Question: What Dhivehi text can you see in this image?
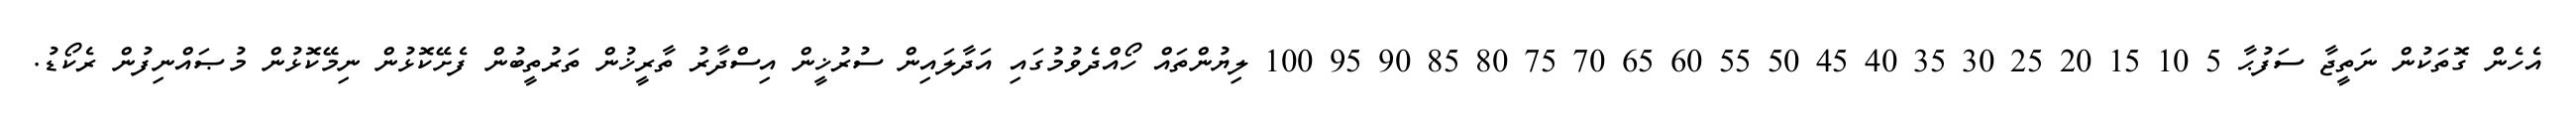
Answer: އެހެން ގޮތަކުން ނަތީޖާ ސަފުޙާ 5 10 15 20 25 30 35 40 45 50 55 60 65 70 75 80 85 90 95 100 ލިޔުންތައް ހޯއްދެވުމުގައި އަދާލައިން ސުރުޚީން އިސްދާރު ތާރީޚުން ތަރުތީބުން ފެށޭކޮޅުން ނިމޭކޮޅުން މުޞައްނިފުން ރެކޯޑު.